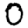
Digit: 0